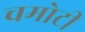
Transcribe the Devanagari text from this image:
चमोटी